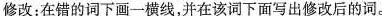
修改 : 在错的词下画一横线,并在该词下面写出修改后的词。